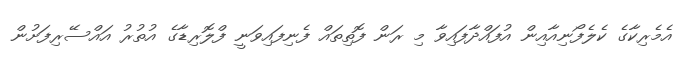
އެމެރިކާގެ ކެލެފޯނިއާއިން އުފައްދާފައިވާ މި ރަން ފޮތިތައް ފެނިފައިވަނީ ފްލޮރިޑާގެ އުތުރު އައްސޭރިފަށުން